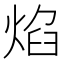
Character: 焰